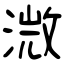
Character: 溦